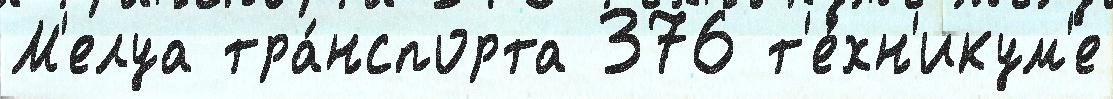
М'елуа тра́нспорта 376 т'е́хн'икум'е